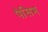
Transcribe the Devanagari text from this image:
पैसिभ